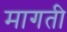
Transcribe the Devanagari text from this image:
मागती